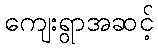
ကျေးရွာအဆင့်